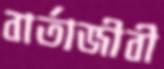
বার্তাজীবী